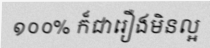
១០០% ក៏ជារឿងមិនល្អ